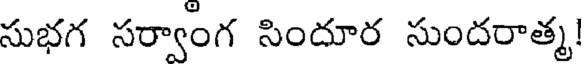
సుభగ సర్వాంగ సిందూర సుందరాత్మ!